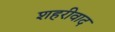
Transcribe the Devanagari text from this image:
शहरीवाद